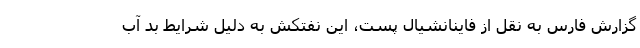
گزارش فارس به نقل از فاینانشیال پست، این نفتکش به دلیل شرایط بد آب